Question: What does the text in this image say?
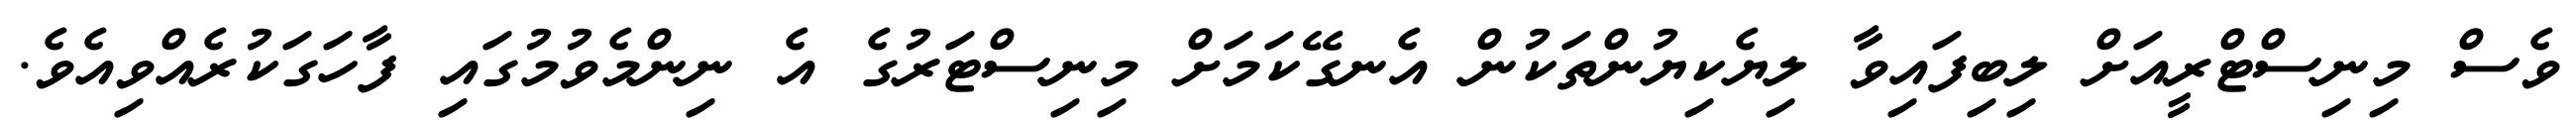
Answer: ވެސް މިނިސްޓްރީއަށް ލިބިފައިވާ ލިޔެކިޔުންތަކުން އެނގޭކަމަށް މިނިސްޓަރުގެ އެ ނިންމެވުމުގައި ފާހަގަކުރެއްވިއެވެ.